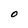
Character: 0